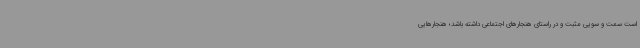
است سمت و سویی مثبت و در راستای هنجارهای اجتماعی داشته باشد؛ هنجارهایی